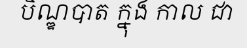
បិណ្ឌបាត ក្នុង កាល ជា